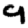
Digit: 9